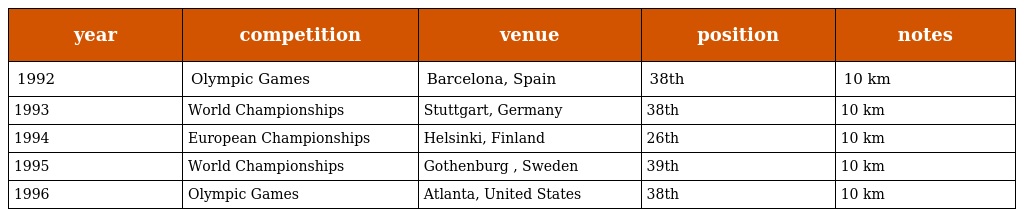
| year | competition | venue | position | notes |
 | --- | --- | --- | --- | --- |
 | 1992 | Olympic Games | Barcelona, Spain | 38th | 10 km |
 | 1993 | World Championships | Stuttgart, Germany | 38th | 10 km |
 | 1994 | European Championships | Helsinki, Finland | 26th | 10 km |
 | 1995 | World Championships | Gothenburg , Sweden | 39th | 10 km |
 | 1996 | Olympic Games | Atlanta, United States | 38th | 10 km |